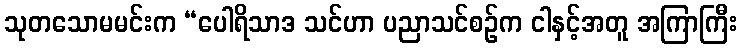
သုတသောမမင်းက “ပေါရိသာဒ သင်ဟာ ပညာသင်စဉ်က ငါနှင့်အတူ အကြာကြီး